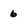
Character: 6